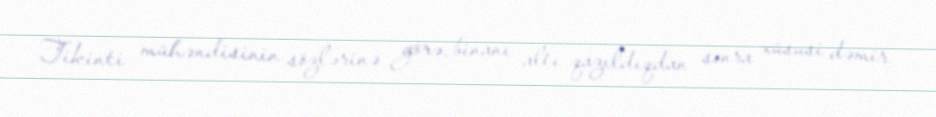
Tikinti mühəndisinin sözlərinə görə, binanı altı qazıldıqdan sonra xüsusi dəmir